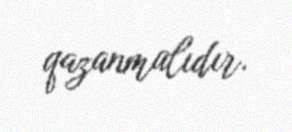
qazanmalıdır.